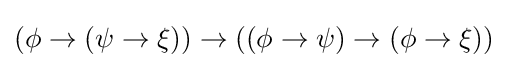
\left(\phi \to \left(\psi \rightarrow \xi \right)\right)\to \left(\left(\phi \to \psi \right)\to \left(\phi \to \xi \right)\right)